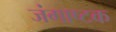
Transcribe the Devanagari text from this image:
जंगाष्टक